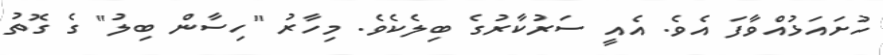
ހުށައަޅުއްވާފަ އެވެ. އެއީ ސަރުކާރުގެ ބިލެކެވެ. މިހާރު "ހިސާން ބިލު" ގެ ގޮތު